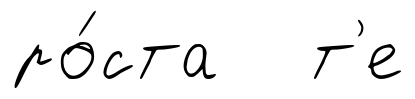
ро́ста т'е